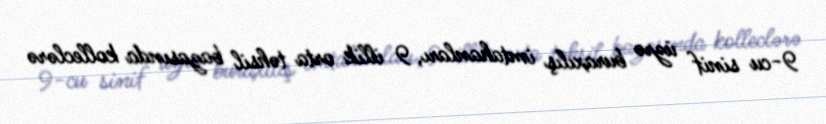
9-cu sinif üzrə buraxılış imtahanları, 9 illik orta təhsil bazasında kolleclərə